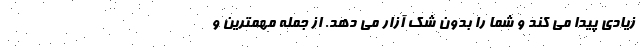
زیادی پیدا می کند و شما را بدون شک آزار می دهد. از جمله مهمترین و